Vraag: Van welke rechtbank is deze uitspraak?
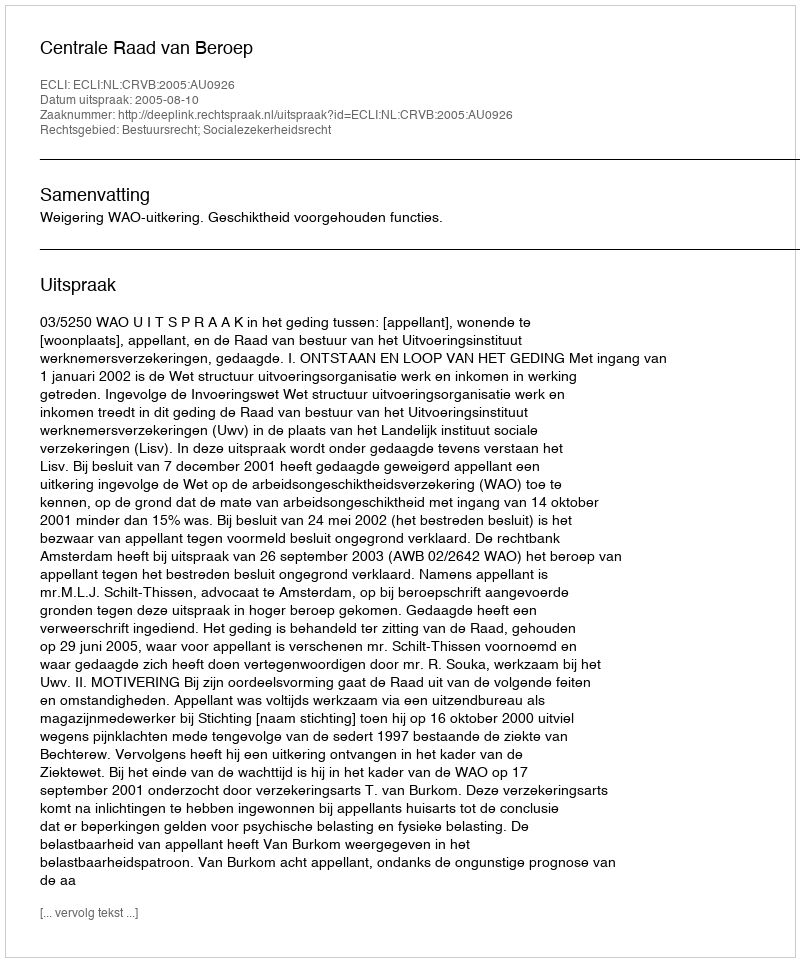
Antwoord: Centrale Raad van Beroep